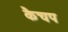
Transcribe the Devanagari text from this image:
कैचप